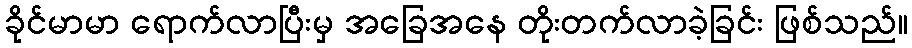
ခိုင်မာမာ ရောက်လာပြီးမှ အခြေအနေ တိုးတက်လာခဲ့ခြင်း ဖြစ်သည်။